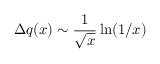
\Delta q ( x ) \sim \frac { 1 } { \sqrt { x } } \ln ( 1 / x )